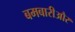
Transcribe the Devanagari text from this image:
बमबारीऔर